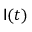
\mathsf { I } ( t )